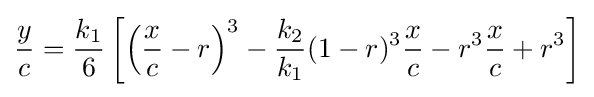
{\frac {y}{c}}={\frac {k_{1}}{6}}\left[\left({\frac {x}{c}}-r\right)^{3}-{\frac {k_{2}}{k_{1}}}(1-r)^{3}{\frac {x}{c}}-r^{3}{\frac {x}{c}}+r^{3}\right]